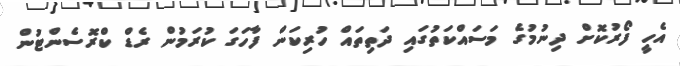
އެހީ ފޯރުކޮށް ދިނުމުގެ މަސައްކަތުގައި ދަތިތައް ހުރިކަން ފާހަގަ ކުރަމުން ރެޑް ކްރޮސެންޓުން